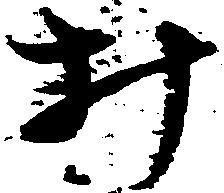
み